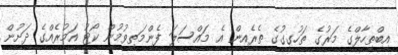
އިބްތިހާލްގެ މަރުގެ ތަހުގީގުގެ ތެރެއިން އެ މައްސަލަ ފެންމަތިވުމުން ކޯޓު އަމުރެއްގެ ދަށުން